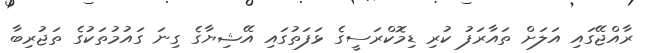
ރާއްޖޭގައި އަލަށް ތައާރަފު ކުރި ޑިމޮކްރަސީގެ ޅަފަތުގައި އޭޝިޔާގެ ގިނަ ގައުމުތަކުގެ ތަޖުރިބާ